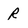
Character: r